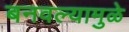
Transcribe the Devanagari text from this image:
बनवल्यामुळे